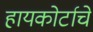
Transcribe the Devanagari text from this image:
हायकोर्टाचे